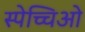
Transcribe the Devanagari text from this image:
स्पेच्चिओ